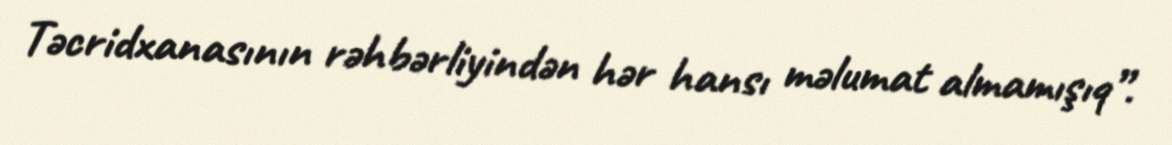
Təcridxanasının rəhbərliyindən hər hansı məlumat almamışıq”.